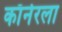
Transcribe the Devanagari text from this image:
काॅर्नरला